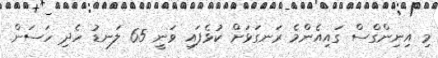
މި އިނިންގްސް ގައިއެންމެ ރަނގަޅަށް ކުޅެފައި ވަނީ 65 ލަނޑު ހެދި ހަސަން